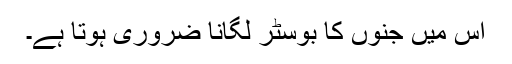
اس میں جنوں کا بوسٹر لگانا ضروری ہوتا ہے۔